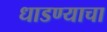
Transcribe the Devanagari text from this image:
धाडण्याचा